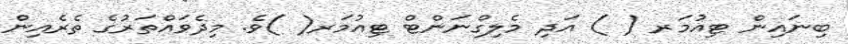
ބިނައިން ޓިއުމަރ ( ) އަދި މެލިގްނަންޓް ޓިއުމަރ( )ވެ. މިދެވައްތަރުގެ ތެރެއިން